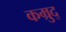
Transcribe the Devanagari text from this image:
कम्रुद्